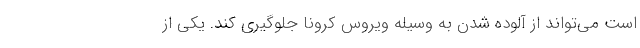
است می‌تواند از آلوده شدن به وسیله ویروس کرونا جلوگیری کند. یکی از